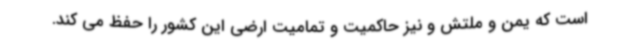
است که یمن و ملتش و نیز حاکمیت و تمامیت ارضی این کشور را حفظ می کند.